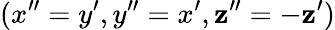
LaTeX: (x^{\prime\prime}=y^{\prime},y^{\prime\prime}=x^{\prime},\mathbf{z}^{\prime\prime}=-\mathbf{z}^{\prime})